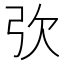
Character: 弞